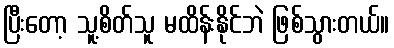
ပြီးတော့ သူ့စိတ်သူ မထိန်းနိုင်ဘဲ ဖြစ်သွားတယ်။